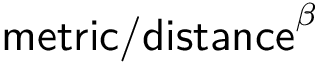
\mathsf { m e t r i c / d i s t a n c e } ^ { \beta }